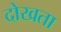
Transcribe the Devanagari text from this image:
दोखता